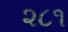
૨૮૧